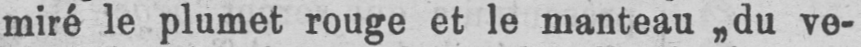
miré le plumet rouge et le manteau „du ve-